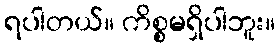
ရပါတယ်။ ကိစ္စမရှိပါဘူး။